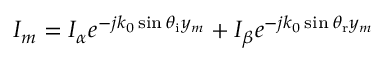
I _ { m } = I _ { \alpha } e ^ { - j k _ { 0 } \sin \theta _ { \mathrm { i } } y _ { m } } + I _ { \beta } e ^ { - j k _ { 0 } \sin \theta _ { \mathrm { r } } y _ { m } }